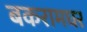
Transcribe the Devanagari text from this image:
बकरामघर